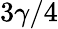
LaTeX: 3\gamma/4